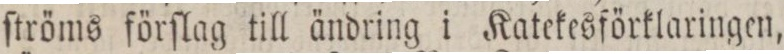
ſtröms förſlag till ändring i Katekesförklaringen,